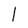
Character: 1